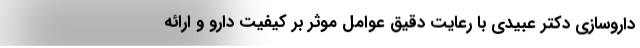
داروسازی دکتر عبیدی با رعایت دقیق عوامل موثر بر کیفیت دارو و ارائه